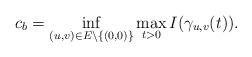
LaTeX: \begin{align*}c_{b}=\mathop{\inf}\limits_{(u,v)\in E\setminus\{(0,0)\}}\mathop{\max}\limits_{t>0}I(\gamma_{u,v}(t)).\end{align*}